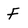
Character: F